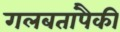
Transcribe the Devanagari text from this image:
गलबतांपैकी